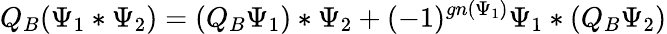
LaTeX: Q_{B}(\Psi_{1}*\Psi_{2})=(Q_{B}\Psi_{1})*\Psi_{2}+(-1)^{gn(\Psi_{1})}\Psi_{1}*(Q_{B}\Psi_{2})